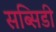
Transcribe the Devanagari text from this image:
सब्‍सिडी